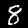
Digit: 8